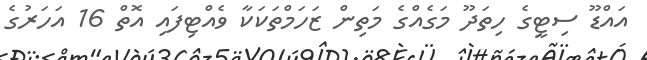
އައްޑޫ ސިޓީގެ ހިތަދޫ މަގެއްގެ މަތިން ޒަހަމްތަކަކާ ވެއްޓިފައި އޮތް 16 އަހަރުގެ